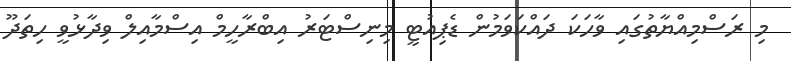
މި ރަސްމިއްޔާތުގައި ވާހަކަ ދައްކަވަމުން ޑެޕިއުޓީ މިނިސްޓަރު އިބްރާހީމް އިސްމާއިލް ވިދާޅުވީ ހިތަދޫ